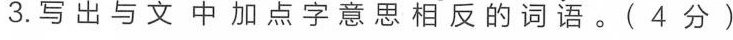
3.写出与文中加点字意思相反的词语。(4分)